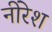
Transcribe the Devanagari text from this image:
नीरेश